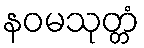
နဝမသုတ္တံ